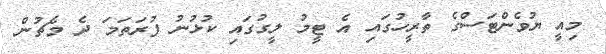
މިއީ ޔުވެންޓަސްގެ ތާރީހުގައި އެ ޓީމު ލީގުގައި ކުޅުނު ފުރަތަމަ ދެ މެޗުން